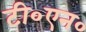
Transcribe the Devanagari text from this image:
टी०एन०